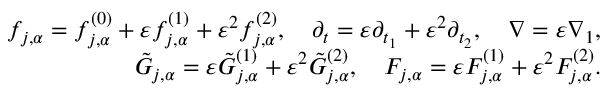
\begin{array} { r } { f _ { j , \alpha } = f _ { j , \alpha } ^ { ( 0 ) } + \varepsilon f _ { j , \alpha } ^ { ( 1 ) } + \varepsilon ^ { 2 } f _ { j , \alpha } ^ { ( 2 ) } , \quad \partial _ { t } = \varepsilon \partial _ { t _ { 1 } } + \varepsilon ^ { 2 } \partial _ { t _ { 2 } } , \quad \nabla = \varepsilon \nabla _ { 1 } , } \\ { \tilde { G } _ { j , \alpha } = \varepsilon \tilde { G } _ { j , \alpha } ^ { ( 1 ) } + \varepsilon ^ { 2 } \tilde { G } _ { j , \alpha } ^ { ( 2 ) } , \quad F _ { j , \alpha } = \varepsilon F _ { j , \alpha } ^ { ( 1 ) } + \varepsilon ^ { 2 } F _ { j , \alpha } ^ { ( 2 ) } . } \end{array}